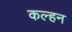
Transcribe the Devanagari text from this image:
कल्हन